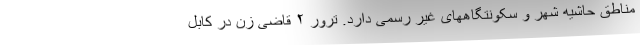
مناطق حاشیه شهر و سکونتگاههای غیر رسمی دارد. ترور ۲ قاضی زن در کابل